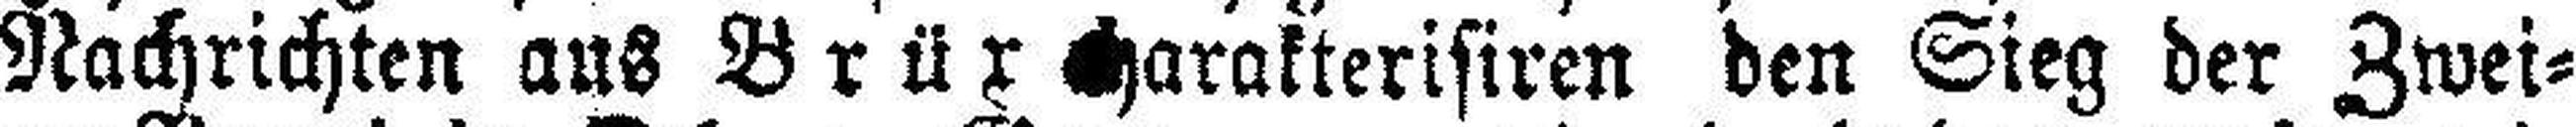
Nachrichten aus Brüx charakterisiren den Sieg der Zwei¬